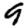
Digit: 9